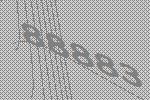
88883